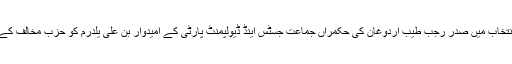
ترکی کے شہر استبنول کے میئر کے لیے دوسری مرتبہ منعقدہ متنازع انتخاب میں صدر رجب طیب اردوغان کی حکمراں جماعت جسٹس اینڈ ڈیولپمنٹ پارٹی کے امیدوار بن علی یلدرم کو حزب مخالف کے مشترکہ امیدوار اکرم امام اوغلو نے واضح اکثریت سے شکست دے دی۔